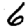
Digit: 6